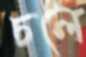
চলে